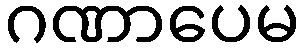
ဂဏာပေမ